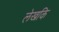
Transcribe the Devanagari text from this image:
लेखकि